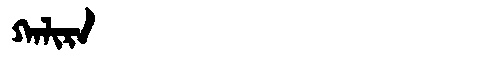
Manchu: ᡴᠠᠯᡳᡵᠠ
Romanization: KALIRA